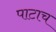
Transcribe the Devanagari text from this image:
पाटाच